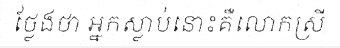
ថ្លែងថា អ្នកស្លាប់នោះគឺលោកស្រី